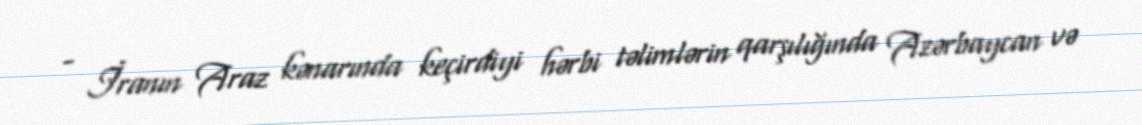
- İranın Araz kənarında keçirdiyi hərbi təlimlərin qarşılığında Azərbaycan və